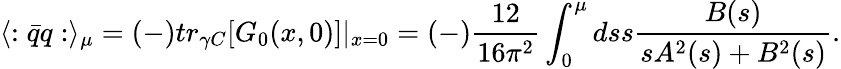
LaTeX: \langle:\bar{q}q:\rangle_{\mu}=(-)tr_{\gamma C}[G_{0}(x,0)]|_{x=0}=(-)\frac{12}{16\pi^{2}}\int_{0}^{\mu}dss\frac{B(s)}{sA^{2}(s)+B^{2}(s)}.